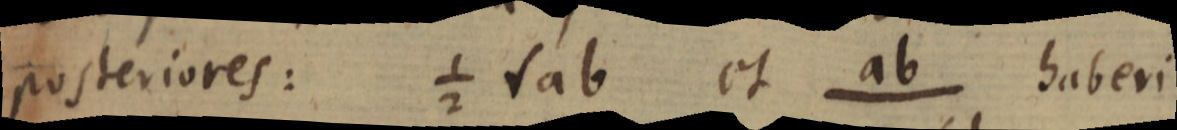
posteriores: 1/2 √ab et ab haberi